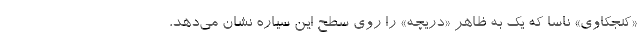
«کنجکاوی» ناسا که یک به ظاهر «دریچه» را روی سطح این سیاره نشان می‌دهد،